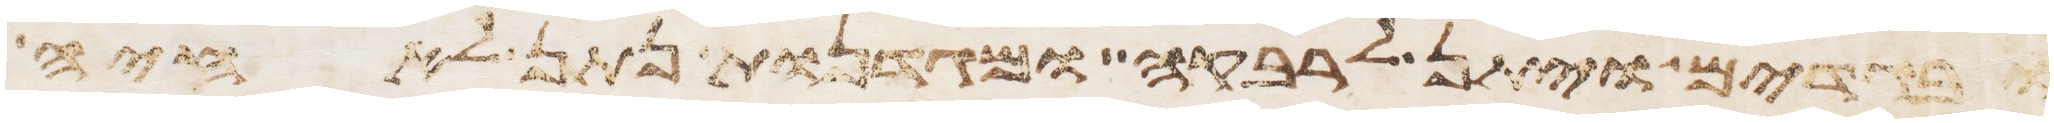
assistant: ובגדים ויתן לרבקה ומגדנות נתן לאחיה